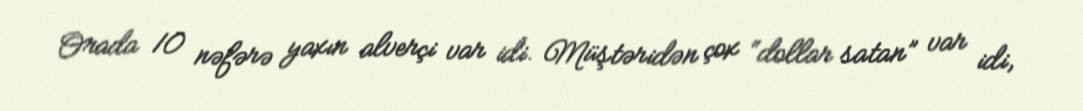
Orada 10 nəfərə yaxın alverçi var idi. Müştəridən çox “dollar satan” var idi,